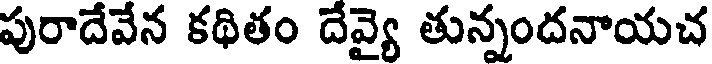
పురాదేవేన కథితం దేవ్యై తున్నందనాయచ